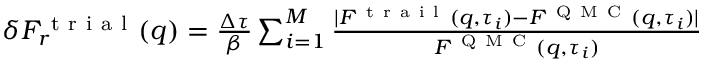
\begin{array} { r } { \delta F _ { r } ^ { \mathrm { ~ t ~ r ~ i ~ a ~ l ~ } } ( q ) = \frac { \Delta \tau } { \beta } \sum _ { i = 1 } ^ { M } \frac { | F ^ { \mathrm { ~ t ~ r ~ a ~ i ~ l ~ } } ( q , \tau _ { i } ) - F ^ { \mathrm { ~ Q ~ M ~ C ~ } } ( q , \tau _ { i } ) | } { F ^ { \mathrm { ~ Q ~ M ~ C ~ } } ( q , \tau _ { i } ) } } \end{array}